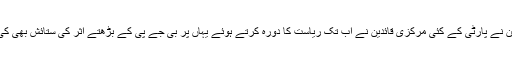
لکشمن نے پارٹی کے کئی مرکزی قائدین نے اب تک ریاست کا دورہ کرتے ہوئے یہاں پر بی جے پی کے بڑھتے اثر کی ستائش بھی کی ہے۔